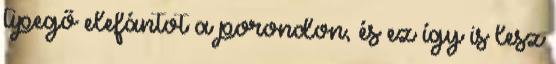
tipegő elefántot a porondon, és ez így is lesz